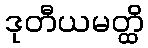
ဒုတီယမတ္ထိ